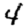
Digit: 4